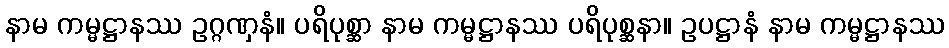
နာမ ကမ္မဋ္ဌာနဿ ဥဂ္ဂဏှနံ။ ပရိပုစ္ဆာ နာမ ကမ္မဋ္ဌာနဿ ပရိပုစ္ဆနာ။ ဥပဋ္ဌာနံ နာမ ကမ္မဋ္ဌာနဿ